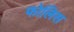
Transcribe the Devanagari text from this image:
फोलिस